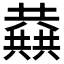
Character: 𱏷